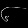
Digit: ၆